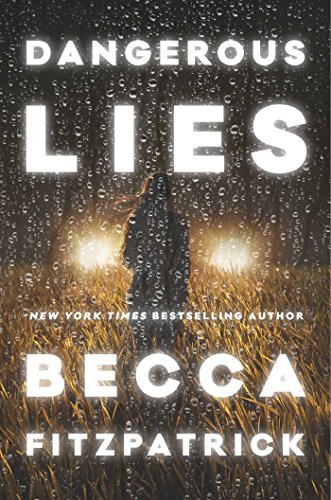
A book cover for Dangerous Lies; Becca Fitzpatrick; Teen & Young Adult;